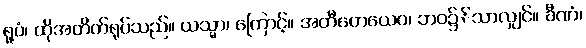
ရူပံ၊ ထိုအတိတ်ရုပ်သည်။ ယသ္မာ၊ ကြောင့်။ အတီတေယေဝ၊ ဘဝ၌်သာလျှင်။ ခီဏံ၊